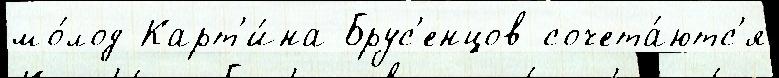
мо́лод Карт'и́на Брус'енцов сочета́ютс'я